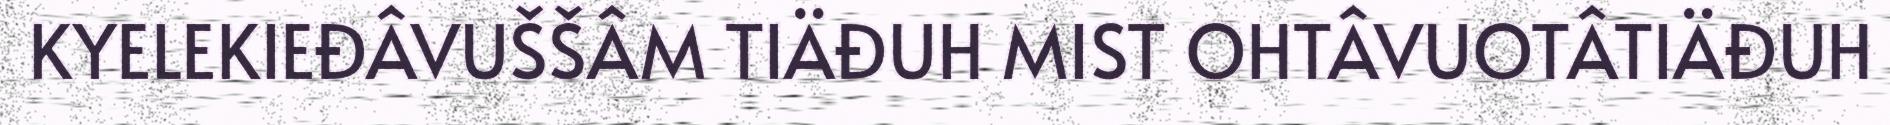
KYELEKIEĐÂVUŠŠÂM TIÄĐUH MIST OHTÂVUOTÂTIÄĐUH